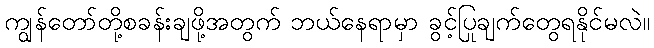
ကျွန်တော်တို့စခန်းချဖို့အတွက် ဘယ်နေရာမှာ ခွင့်ပြုချက်တွေရနိုင်မလဲ။